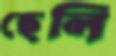
ছেলি